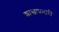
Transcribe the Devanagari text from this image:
शाखाप्रभारी